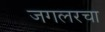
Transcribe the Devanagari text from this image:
जगलरचा